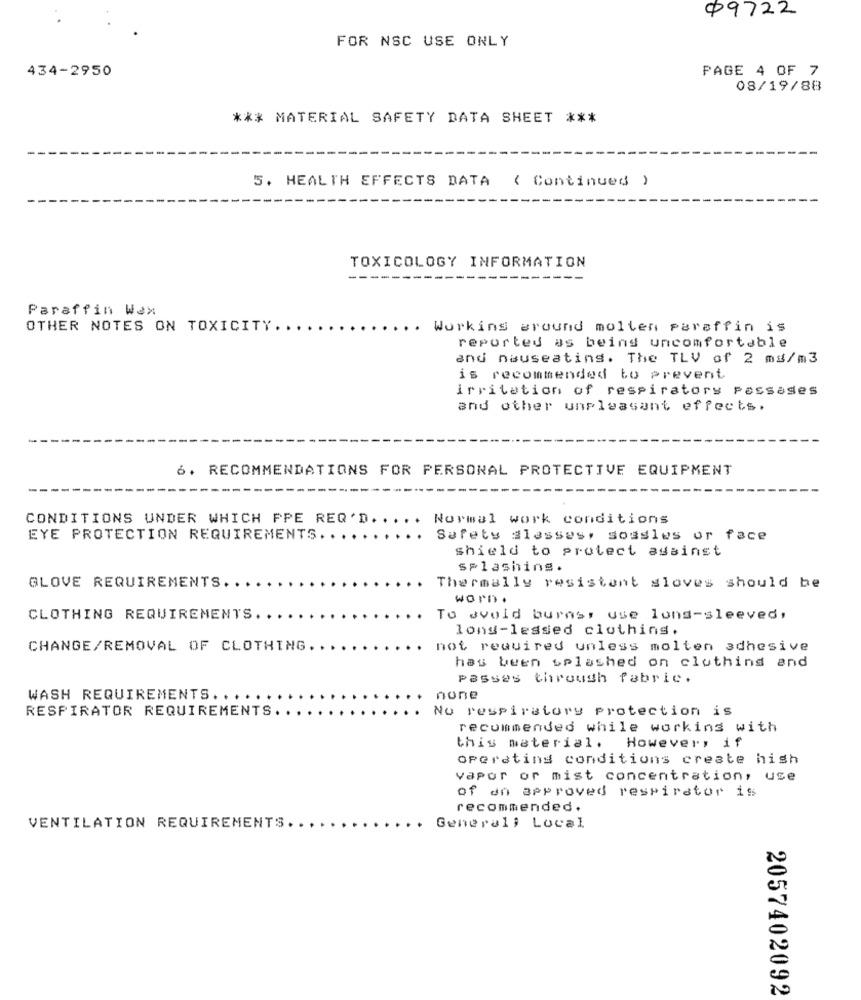
09722
FOR NSC USE ONLY
434-2950
PAGE 4 OF 7
08/19/88
*** MATERIAL SAFETY DATA SHEET ***
5. HEALTH EFFECTS DATA ( Continued )
TOXICOLOGY INFORMATION
Paraffin Wax
OTHER NOTES ON TOXICITY.
Working around molten paraffin is
reported as being uncomfortable
and nauseating. The TLV of 2 mg/m3
is recommended to prevent
Irritation of respiratory possases
and other unpleasant effects.
6. RECOMMENDATIONS FOR PERSONAL PROTECTIVE EQUIPMENT
CONDITIONS UNDER WHICH PPE REQ'D ..
Normal work conditions
EYE PROTECTION REQUIREMENTS ..
Safety glasses, sousles or face
shield to protect against
splashing.
GLOVE REQUIREMENTS.
Thermally resistent sloves should be
wOPD.
CLOTHING REQUIREMENTS ..
To avoid burns, use lons-sleeved,
long-lessed clothing.
CHANGE/REMOVAL OF CLOTHING.
not required unless molten adhesive
has been splashed on clothing and
passes through fabric.
WASH REQUIREMENTS. ...
none
No respiratory protection is
RESPIRATOR REQUIREMENTS. .
recommended while working with
this material. However, if
operating conditions create hish
vapor or mist concentration, use
of an approved respirator is
recommended.
VENTILATION REQUIREMENTS.
Generali Local
2057402092